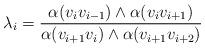
LaTeX: \begin{align*}\lambda_i=\frac{\alpha(v_iv_{i-1})\wedge\alpha(v_iv_{i+1})}{\alpha(v_{i+1}v_i)\wedge\alpha(v_{i+1}v_{i+2})}\end{align*}